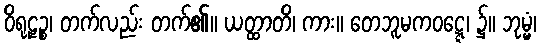
ဝိရုဠှဉ္စ၊ တက်လည်း တက်၏။ ယတ္ထာတိ၊ ကား။ တေဘူမကဝဋ္ဋေ၊ ၌။ ဘုမ္မံ၊